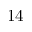
1 4